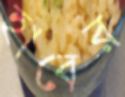
হাবের